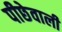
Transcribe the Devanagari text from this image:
पीछेवाली